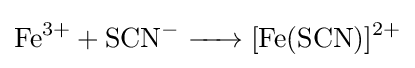
{\ce {Fe^3+ + SCN- -> [Fe(SCN)]^2+}}